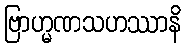
ဗြာဟ္မဏသဟဿာနိ